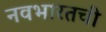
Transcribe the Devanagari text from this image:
नवभारतची